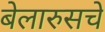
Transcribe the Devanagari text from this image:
बेलारुसचे